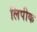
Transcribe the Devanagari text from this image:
लिपीक